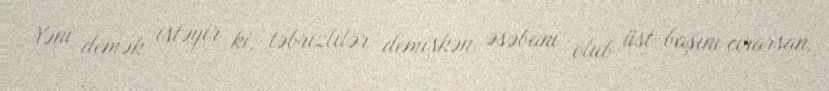
Yəni demək istəyir ki, təbrizlilər demişkən, əsəbani olub üst-başını cırarsan,